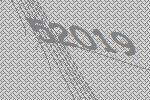
52019